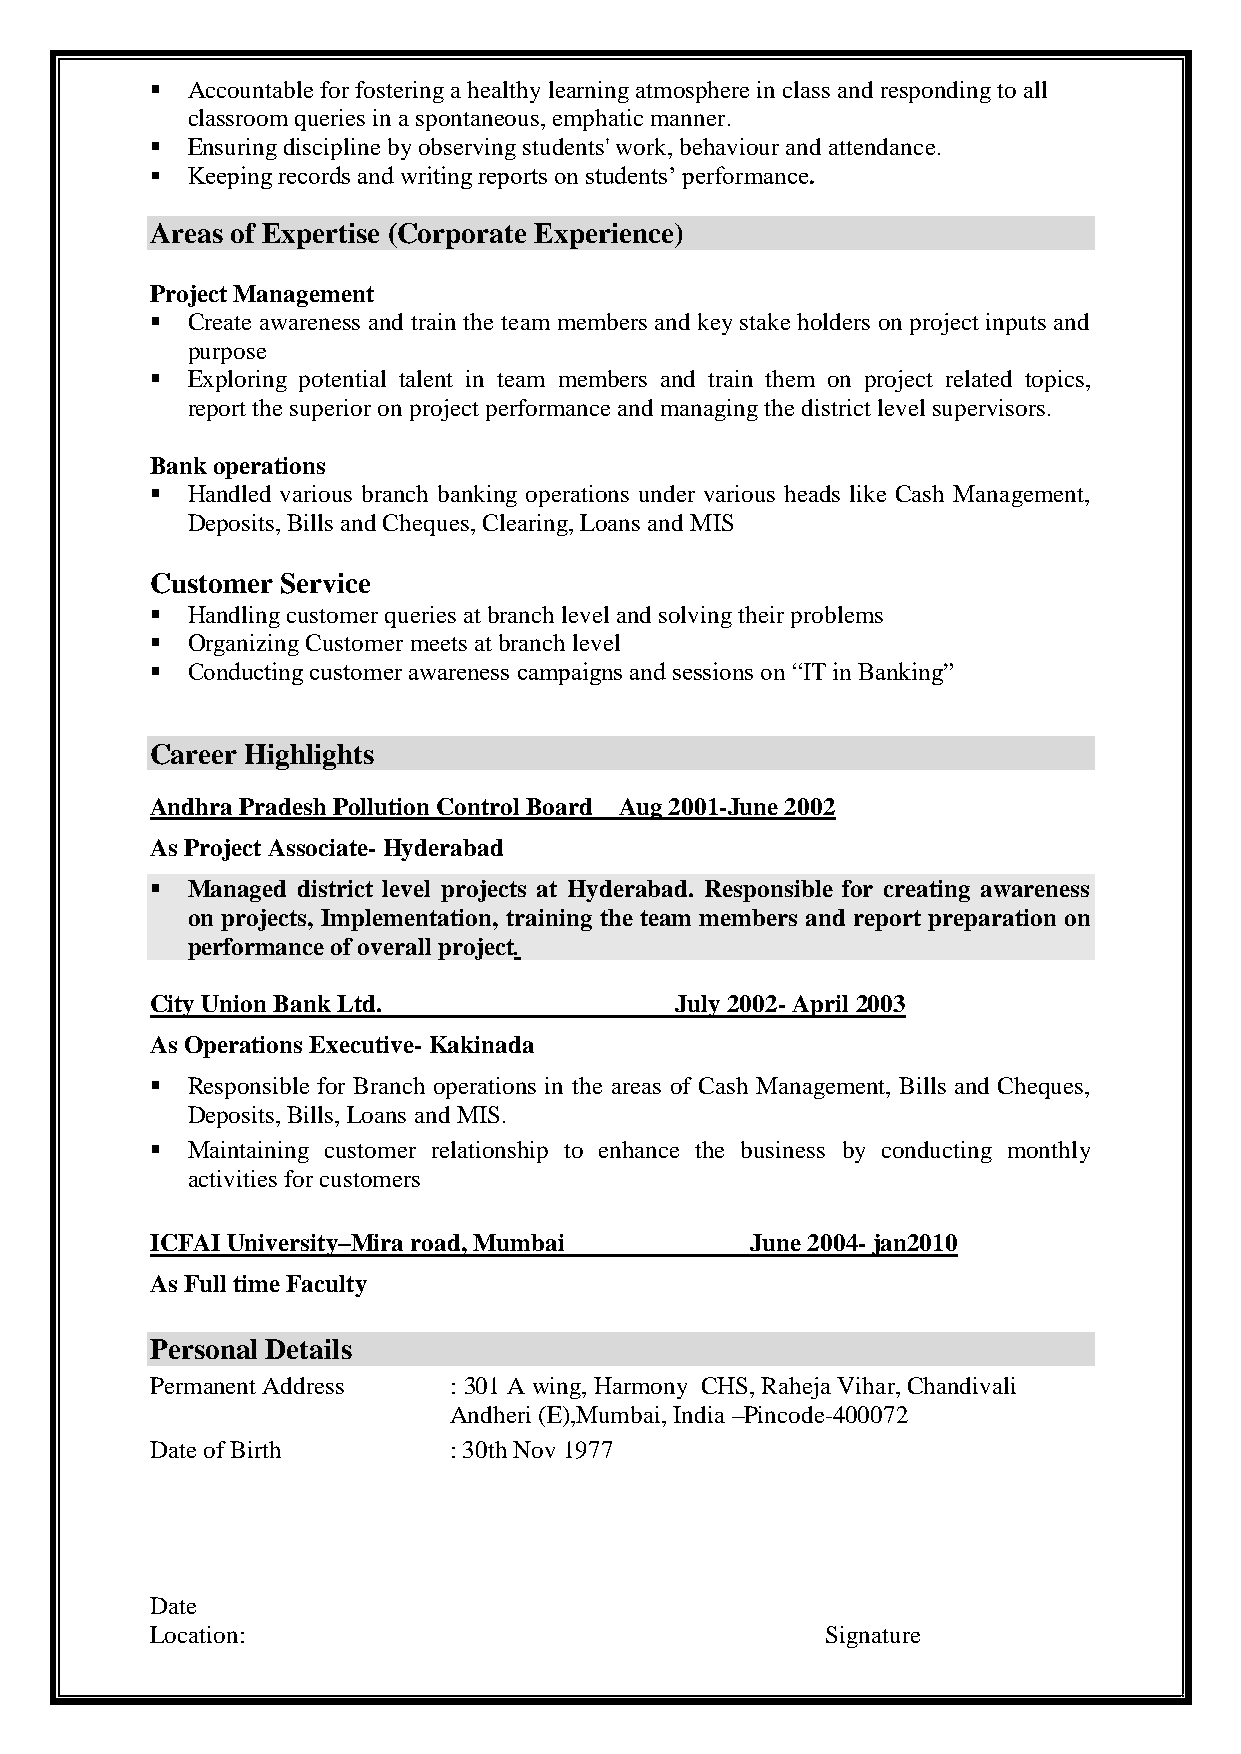
 Accountable for fostering a healthy learning atmosphere in class and responding to all
 classroom queries in a spontaneous, emphatic manner.
  Ensuring discipline by observing students' work, behaviour and attendance.
  Keeping records and writing reports on students’ performance.
 Areas of Expertise (Corporate Experience)
 Project Management
  Create awareness and train the team members and key stake holders on project inputs and
 purpose
  Exploring potential talent in team members and train them on project related topics,
 report the superior on project performance and managing the district level supervisors.
 Bank operations
  Handled various branch banking operations under various heads like Cash Management,
 Deposits, Bills and Cheques, Clearing, Loans and MIS
 Customer Service
  Handling customer queries at branch level and solving their problems
  Organizing Customer meets at branch level
  Conducting customer awareness campaigns and sessions on “IT in Banking”
 Career Highlights
 Andhra Pradesh Pollution Control Board Aug 2001-June 2002
 As Project Associate- Hyderabad
  Managed district level projects at Hyderabad. Responsible for creating awareness
 on projects, Implementation, training the team members and report preparation on
 performance of overall project.
 City Union Bank Ltd.               July 2002- April 2003
 As Operations Executive- Kakinada
  Responsible for Branch operations in the areas of Cash Management, Bills and Cheques,
 Deposits, Bills, Loans and MIS.
  Maintaining customer relationship to enhance the business by conducting monthly
 activities for customers
 ICFAI University–Mira road, Mumbai      June 2004- jan2010
 As Full time Faculty
 Personal Details
 Permanent Address   : 301 A wing, Harmony CHS, Raheja Vihar, Chandivali
 Andheri (E),Mumbai, India –Pincode-400072
 Date of Birth       : 30th Nov 1977
 Date
 Location:                                    Signature